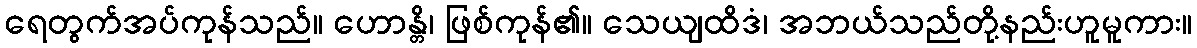
ရေတွက်အပ်ကုန်သည်။ ဟောန္တိ၊ ဖြစ်ကုန်၏။ သေယျထိဒံ၊ အဘယ်သည်တို့နည်းဟူမူကား။